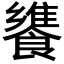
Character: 𩞠